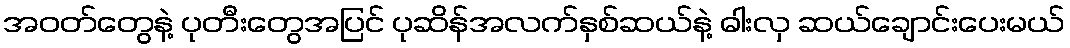
အဝတ်တွေနဲ့ ပုတီးတွေအပြင် ပုဆိန်အလက်နှစ်ဆယ်နဲ့ ဓါးလှ ဆယ်ချောင်းပေးမယ်